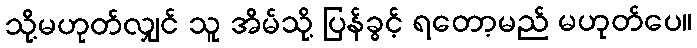
သို့မဟုတ်လျှင် သူ အိမ်သို့ ပြန်ခွင့် ရတော့မည် မဟုတ်ပေ။